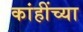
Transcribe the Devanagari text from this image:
कांहींच्या